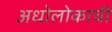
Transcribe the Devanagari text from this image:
अधोलोकाची